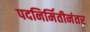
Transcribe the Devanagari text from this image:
पदनिर्मितीनंतर